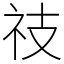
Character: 䃽